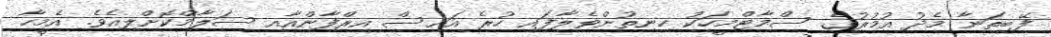
ފޭބިތަނާ މެދު އުމުރުގެ ސްމާޓްމީހަކު ހިނިތުންވެލާފައި ހުރެ އައިސް އިރްފާންއާއި ސަލާމްކޮށްލިއެވެ. އެމީހާ